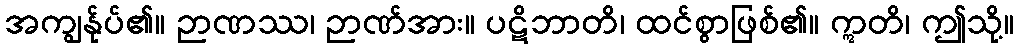
အကျွန်ုပ်၏။ ဉာဏဿ၊ ဉာဏ်အား။ ပဋိဘာတိ၊ ထင်စွာဖြစ်၏။ ဣတိ၊ ဤသို့။